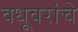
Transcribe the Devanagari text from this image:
वधूवरांचे